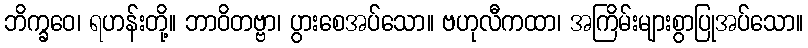
ဘိက္ခဝေ၊ ရဟန်းတို့။ ဘာဝိတဗ္ဗာ၊ ပွားစေအပ်သော။ ဗဟုလီကထာ၊ အကြိမ်းများစွာပြုအပ်သော။